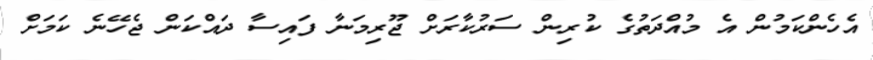
އެހެންކަމުން އެ މުއްދަތުގެ ކުރިން ސަރުކާރަށް ޖޫރިމަނާ ފައިސާ ދައްކަން ޖެހޭނެ ކަމަށް